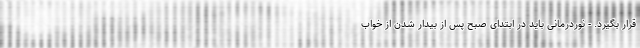
قرار بگیرد. - نوردرمانی باید در ابتدای صبح پس از بیدار شدن از خواب